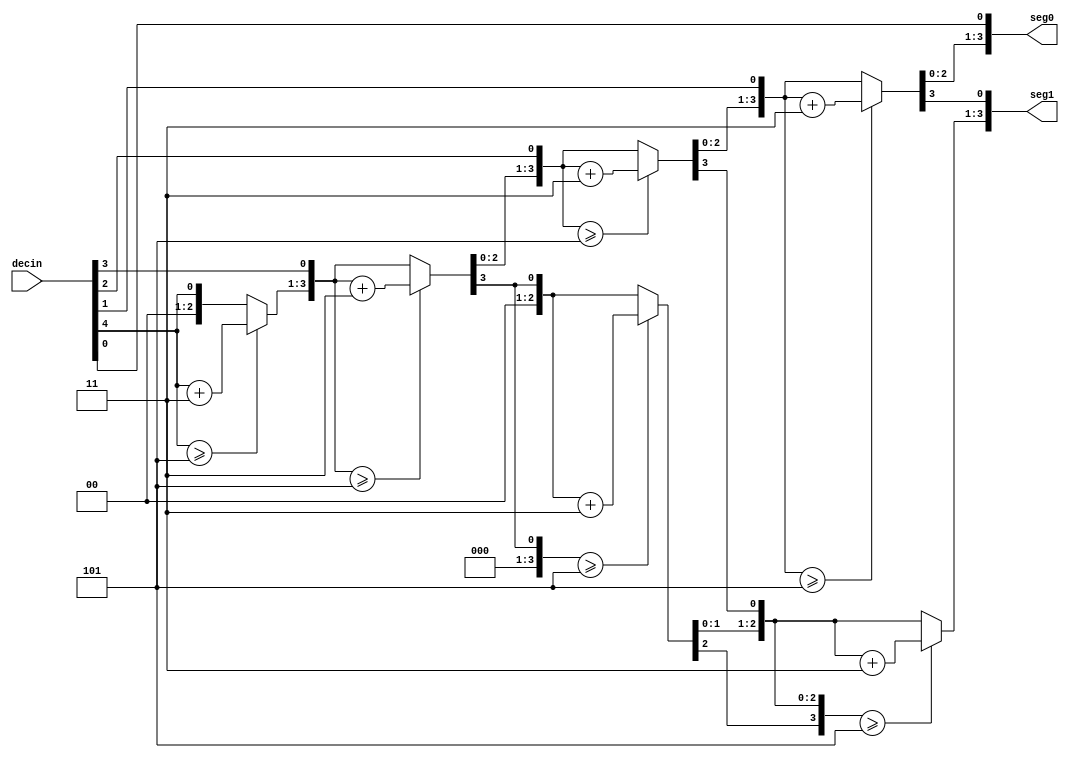
module dec(decin,seg0,seg1);
input [4:0] decin; // input  [7:0] number;
output reg [3:0] seg0;
output reg [3:0] seg1;

   // Internal variable for storing bits
   reg [12:0] shift;
   integer i;
   
   always @(decin)
   begin
      // Clear previous number and store new number in shift register
      shift[12:5] = 0;
      shift[4:0] = decin;
      
      // Loop eight times
      for (i=0; i<5; i=i+1) begin
         if (shift[8:5] >= 5)
            shift[8:5] = shift[8:5] + 3;
            
         if (shift[12:9] >= 5)
            shift[12:9] = shift[12:9] + 3;                
         
         // Shift entire register left once
         shift = shift << 1;
      end
      
      // Push decimal numbers to output
      seg1 = shift[12:9];
      seg0 = shift[8:5];
  end
endmodule